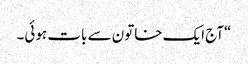
“آج ایک خاتون سے بات ہوئی۔